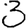
Digit: 3